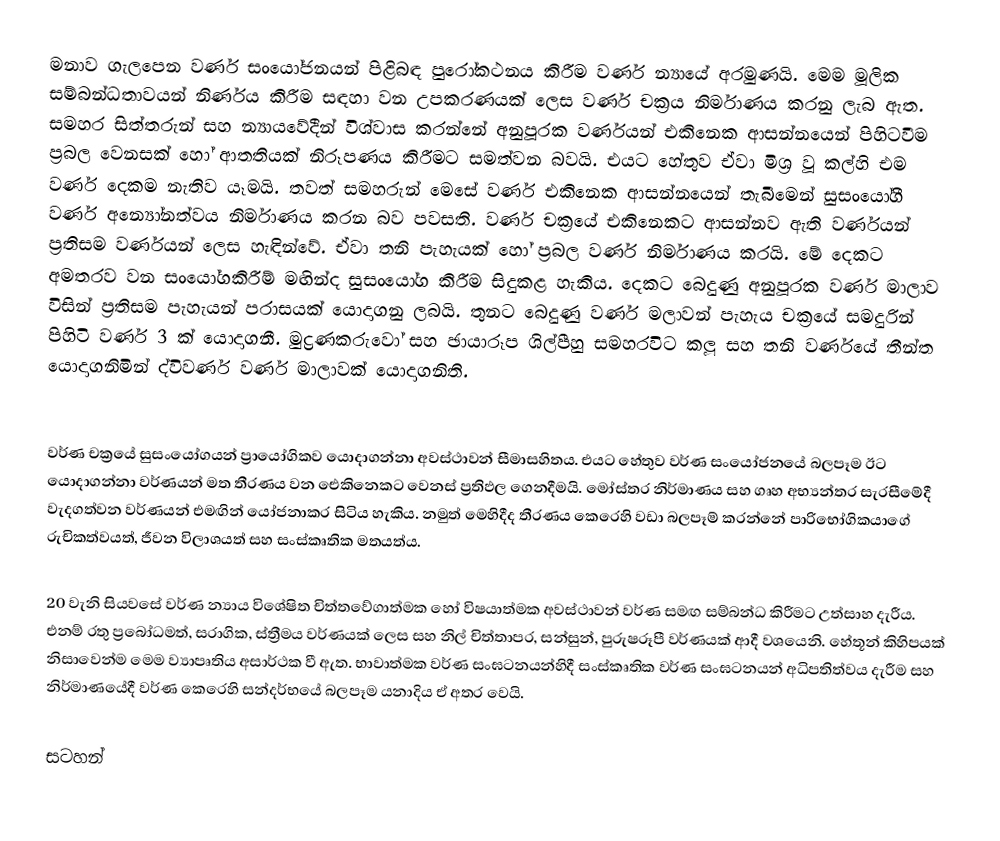
මනාව ගැලපෙන වර්ණ සංයෝජනයන් පිළිබඳ පුරෝකථනය කිරීම වර්ණ න්‍යායේ අරමුණයි. මෙම මූලික සම්බන්ධතාවයන් නිර්ණය කිරීම සඳහා වන උපකරණයක් ලෙස වර්ණ චක්‍රය නිර්මාණය කරනු ලැබ ඇත. සමහර සිත්තරුන් සහ න්‍යායවේදීන් විශ්වාස කරන්නේ අනුපූරක වර්ණයන් එකිනෙක ආසන්නයෙන් පිහිටවීම ප්‍රබල වෙනසක් හෝ ආතතියක් නිරූපණය කිරීමට සමත්වන බවයි. එයට හේතුව ඒවා මිශ්‍ර වූ කල්හි එම වර්ණ දෙකම නැතිව යෑමයි. තවත් සමහරුන් මෙසේ වර්ණ එකිනෙක ආසන්නයෙන් තැබීමෙන් සුසංයෝගී වර්ණ අන්‍යෝනත්වය නිර්මාණය කරන බව පවසති. වර්ණ චක්‍රයේ එකිනෙකට ආසන්නව ඇති වර්ණයන්  ප්‍රතිසම වර්ණයන් ලෙස හැඳින්වේ. ඒවා තනි පැහැයක් හෝ ප්‍රබල වර්ණ නිර්මාණය කරයි. මේ දෙකට අමතරව වන සංයෝගකිරීම් මඟින්ද සුසංයෝග කිරීම සිදුකළ හැකිය. දෙකට බෙදුණු අනුපූරක වර්ණ මාලාව විසින් ප්‍රතිසම පැහැයන් පරාසයක් යොදාගනු ලබයි. තුනට බෙදුණු වර්ණ මලාවන් පැහැය චක්‍රයේ සමදුරින් පිහිටි වර්ණ 3 ක් යොදාගනී. මුද්‍රණකරුවෝ සහ ඡායාරූප ශිල්පීහු සමහරවිට කලූ සහ තනි වර්ණයේ තීන්ත යොදාගනිමින් ද්විවර්ණ වර්ණ මාලාවක් යොදාගනිති.

වර්ණ චක්‍රයේ සුසංයෝගයන් ප්‍රායෝගිකව යොදාගන්නා අවස්ථාවන් සීමාසහිතය. එයට හේතුව වර්ණ සංයෝජනයේ බලපෑම ඊට යොදාගන්නා වර්ණයන් මත තීරණය වන ඓකිනෙකට වෙනස් ප්‍රතිඵල ගෙනදීමයි. මෝස්තර නිර්මාණය සහ ගෘහ අභ්‍යන්තර සැරසීමේදී වැදගත්වන වර්ණයන් එමඟින් යෝජනාකර සිටිය හැකිය. නමුත් මෙහිදීද තීරණය කෙරෙහි වඩා බලපෑම් කරන්නේ පාරිභෝගිකයාගේ රුචිකත්වයත්, ජීවන විලාශයත් සහ සංස්කෘතික මතයත්ය.

20 වැනි සියවසේ වර්ණ න්‍යාය විශේෂිත චිත්තවේගාත්මක හෝ විෂයාත්මක අවස්ථාවන් වර්ණ සමඟ සම්බන්ධ කිරීමට උත්සාහ දැරීය. එනම් රතු ප්‍රබෝධමත්, සරාගික, ස්ත්‍රීමය වර්ණයක් ලෙස සහ නිල් චිත්තාපර, සන්සුන්, පුරුෂරූපී වර්ණයක් ආදී වශයෙනි. හේතූන් කිහිපයක් නිසාවෙන්ම මෙම ව්‍යාපෘතිය අසාර්ථක වී ඇත. භාවාත්මක වර්ණ සංඝටනයන්හිදී සංස්කෘතික වර්ණ සංඝටනයන් අධිපතිත්වය දැරීම සහ නිර්මාණයේදී වර්ණ කෙරෙහි සන්දර්භයේ බලපෑම යනාදිය ඒ අතර වෙයි.

සටහන්